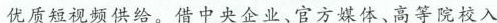
优质短视频供给。借中央企业、官方媒体、高等院校入